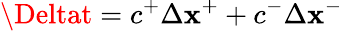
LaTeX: \Deltat=c^{+}\Delta\mathbf{x}^{+}+c^{-}\Delta\mathbf{x}^{-}